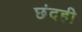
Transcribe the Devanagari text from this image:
छंदही